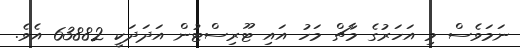
ނަމަވެސް މި އަހަރުގެ މާޗް މަހު އައި ޓޫރިސްޓުން އަދަދަކީ 63882 އެވެ.